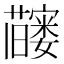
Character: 𬟗